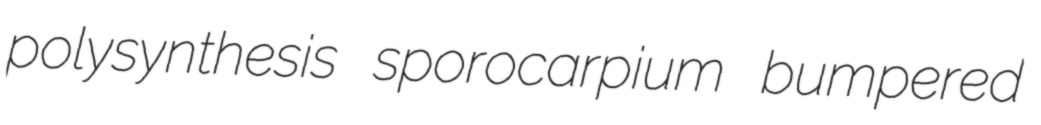
polysynthesis sporocarpium bumpered